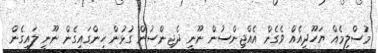
މުސްލިމެއް ޔަހޫދީއެއް ވެގެން އެއްޖިންސުން ނޫނީ ދެޖިންސުން ގުޅުން ހިންގައިގެން ނޫނީ ލައިގެން